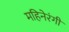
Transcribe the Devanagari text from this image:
महिनेरंगी